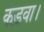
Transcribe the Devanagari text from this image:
कड़वा।